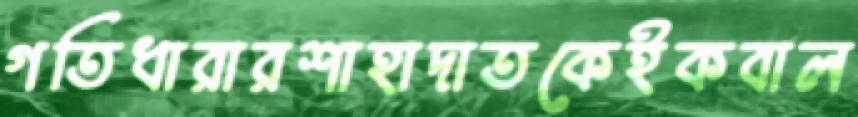
গতিধারারশাহাদাতকেইকবাল